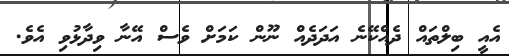
އެއީ ބިލްތައް ދެއްކޭނެ އަދަދެއް ނޫން ކަމަށް ވެސް އޭނާ ވިދާޅުވި އެވެ.